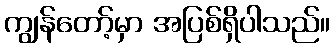
ကျွန်တော့်မှာ အပြစ်ရှိပါသည်။